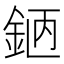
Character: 𨦖